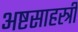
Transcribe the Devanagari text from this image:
अष्टसाहस्त्री